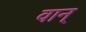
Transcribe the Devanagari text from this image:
वान्